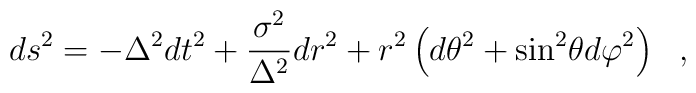
ds^2 = -\Delta^2 dt^2 + \frac{\sigma^2}{\Delta^2} dr^2          + r^2 \left( {d\theta}^2          + {\sin}^2 \theta {d\varphi}^2 \right)~~,